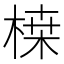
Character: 𭪷